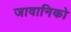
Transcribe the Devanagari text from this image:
जावानिको